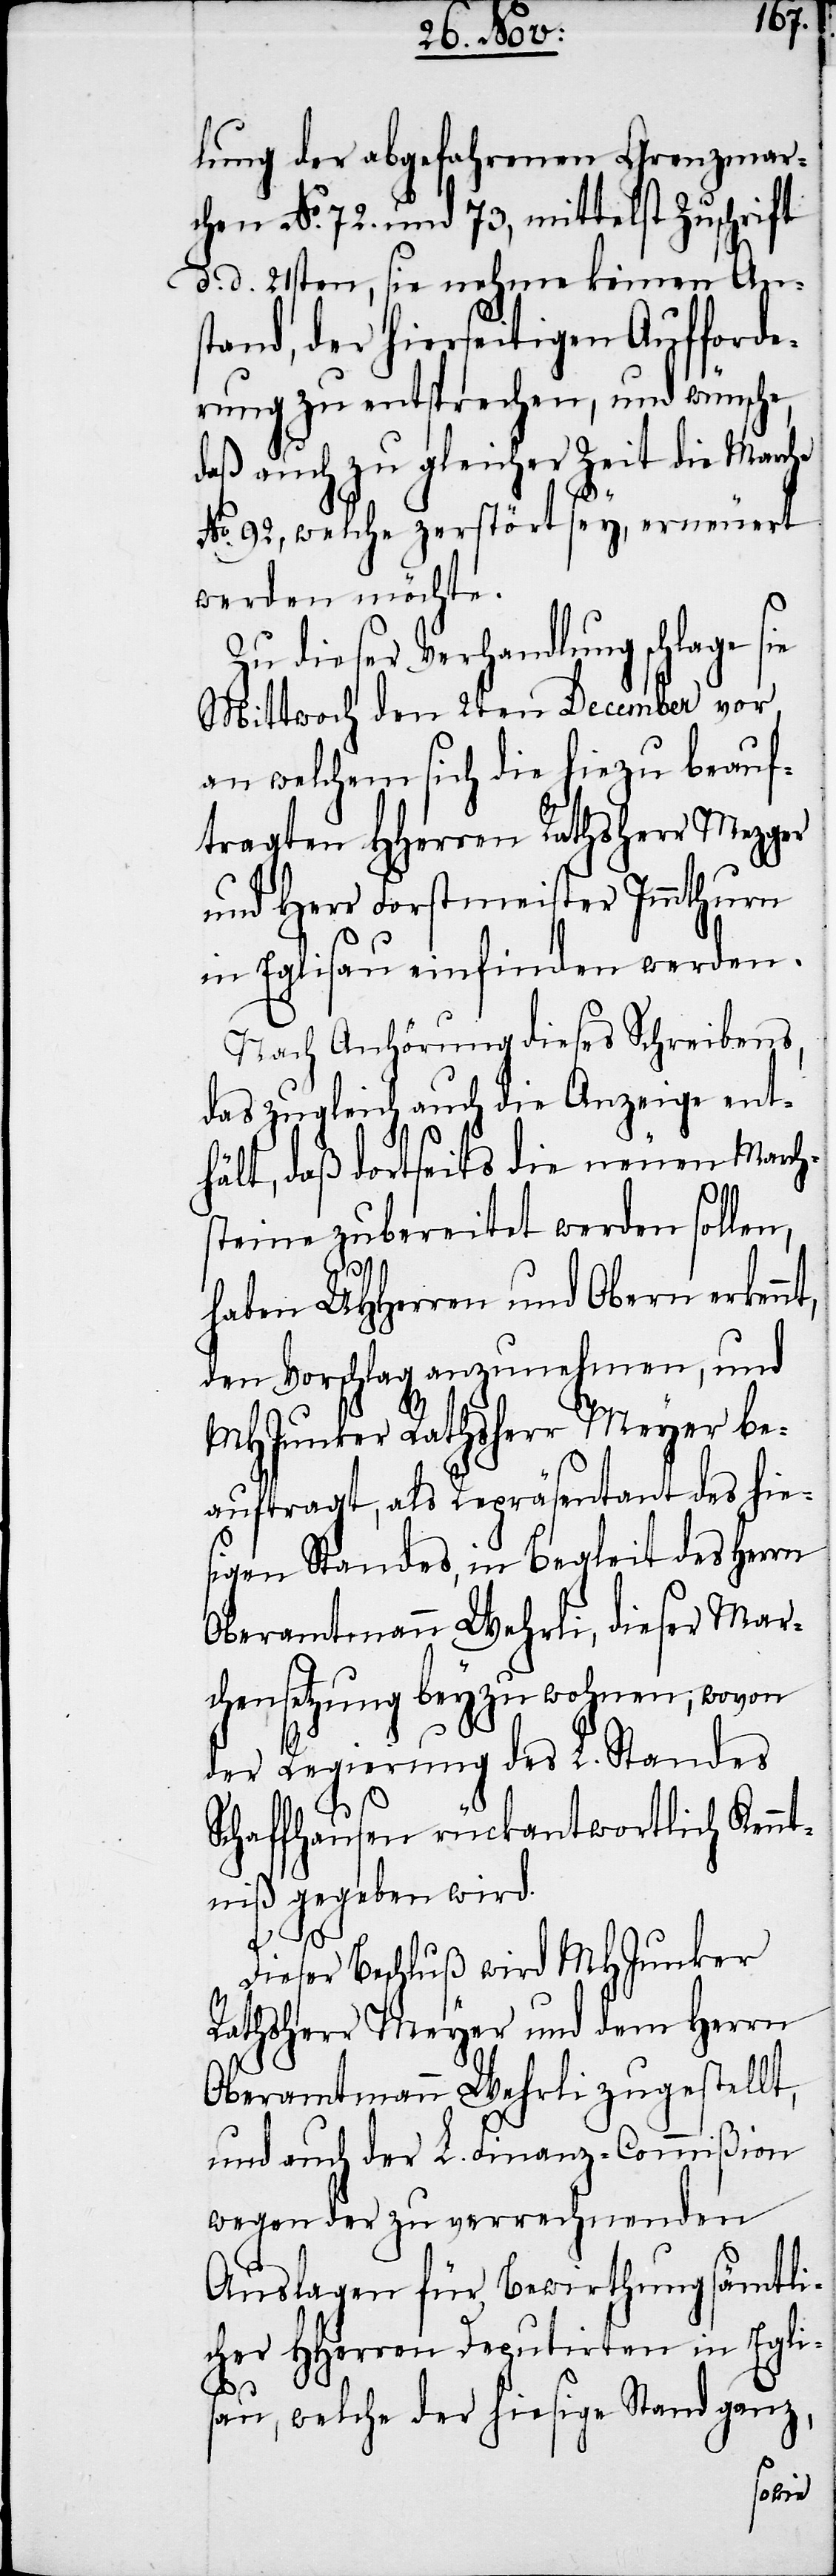
lung der abgefahrenen Grenzmar¬
chen No. 72. und 73, mittelst Zuschrift
d. d. 21sten, sie nehme keinen An¬
stand, der hierseitigen Aufforde¬
rung zu entsprechen, und wünsche,
daß auch zu gleicher Zeit die Marche
No. 92, welche zerstört sey, erneuert
werden möchte.
Zu dieser Verhandlung schlage
Mittwoch den 2ten December vor,
an welchem sich die hiezu beauf¬
tragten HHerren Rathsherr Mezger
und Herr Forstmeister Immthurn
in Eglisau einfinden werden.
Nach Anhörung dieses Schreibens,
das zugleich auch die Anzeige ent¬
hält, daß dortseits die neuen March¬
steine zubereitet werden sollen,
haben UHHerren und Obern erkennt,
den Vorschlag anzunehmen, und
MHJunker Rathsherr Meyer be¬
auftragt, als Repräsentant des hie¬
sigen Standes, in Begleit des Herrn
Oberamtmann Wehrli, dieser Mar¬
chensetzung beyzuwohnen, wovon
der Regierung des L. Standes
Schaffhausen rückantwortlich Kennt¬
niß gegeben wird.
Dieser Beschluß wird MHJunker
Rathsherr Meyer und dem Herrn
Oberamtmann Wehrli zugestellt,
und auch der L. Finanz-Commißion
wegen der zu verrechnenden
Auslagen für Bewirthung sämtli¬
cher HHerren Deputirten in Egli¬
sau, welche der hiesige Stand ganz,